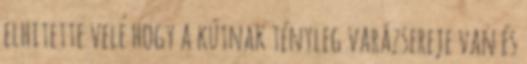
elhitette vele hogy a kútnak tényleg varázsereje van és